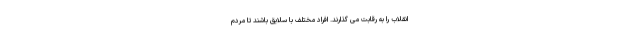
انقلاب را به رقابت می گذارند. افراد مختلف با سلایق باشند تا مردم